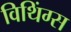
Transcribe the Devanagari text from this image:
विथिंग्स